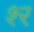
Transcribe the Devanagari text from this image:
श्‍र